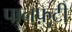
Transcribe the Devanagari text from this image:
पानफ़ुटी